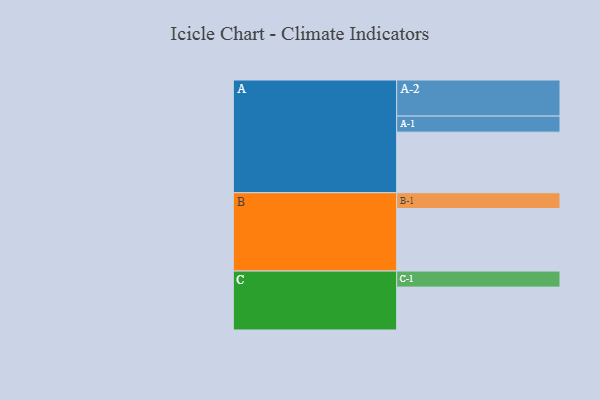
{"axis": {"x": "Segment", "y": "Value"}, "legend": ["", "A", "B", "C"], "data": [{"x": "A", "y": 472, "type": ""}, {"x": "B", "y": 487, "type": ""}, {"x": "C", "y": 334, "type": ""}, {"x": "A-1", "y": 125, "type": "A"}, {"x": "A-2", "y": 281, "type": "A"}, {"x": "B-1", "y": 123, "type": "B"}, {"x": "C-1", "y": 125, "type": "C"}]}